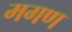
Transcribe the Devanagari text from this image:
मगण